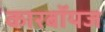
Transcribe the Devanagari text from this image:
कारबॉयज